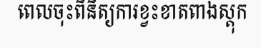
ពេលចុះពិនិត្យការខ្វះខាតពាងស្តុក